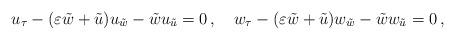
LaTeX: \begin{align*}u_{\tau} -(\varepsilon {\tilde w} + {\tilde u})u_{\tilde w} - {\tilde w} u_{{\tilde u}} = 0 \,,\quad w_{\tau} -(\varepsilon {\tilde w} + {\tilde u})w_{\tilde w} - {\tilde w} w_{{\tilde u}} = 0 \,,\end{align*}